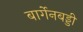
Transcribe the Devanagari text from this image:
बार्गेनबड्डी